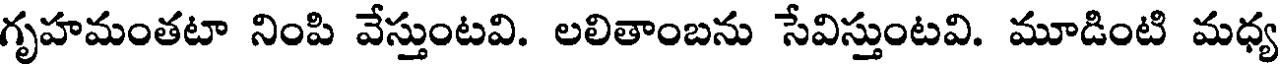
గృహమంతటా నింపి వేస్తుంటవి. లలితాంబను సేవిస్తుంటవి. మూడింటి మధ్య